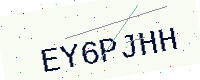
Text: EY6PJHH